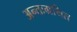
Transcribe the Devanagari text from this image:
अन्तःग्रथित